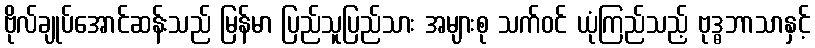
ဗိုလ်ချုပ်အောင်ဆန်းသည် မြန်မာ ပြည်သူပြည်သား အများစု သက်ဝင် ယုံကြည်သည့် ဗုဒ္ဓဘာသာနှင့်